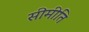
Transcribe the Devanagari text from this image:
सीमीति